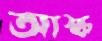
আস্ক